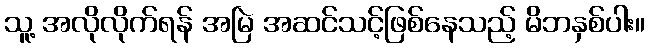
သူ့ အလိုလိုက်ရန် အမြဲ အဆင်သင့်ဖြစ်နေသည့် မိဘနှစ်ပါး။